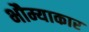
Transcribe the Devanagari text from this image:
भौम्याकार